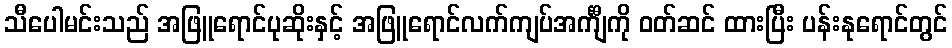
သီပေါမင်းသည် အဖြူရောင်ပုဆိုးနှင့် အဖြူရောင်လက်ကျပ်အင်္ကျီကို ဝတ်ဆင် ထားပြီး ပန်းနုရောင်တွင်